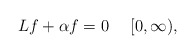
\begin{align*} Lf + \alpha f =0 \ \ \ \ [0,\infty),\end{align*}